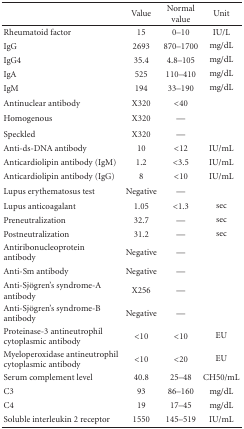
|  | Value | Normal value | Unit |
 | --- | --- | --- | --- |
 | Rheumatoid factor | 15 | 0–10 | IU/L |
 | IgG | 2693 | 870–1700 | mg/dL |
 | IgG4 | 35.4 | 4.8–105 | mg/dL |
 | IgA | 525 | 110–410 | mg/dL |
 | IgM | 194 | 33–190 | mg/dL |
 | Antinuclear antibody | X320 | <40 |  |
 | Homogenous | X320 | — |  |
 | Speckled | X320 | — |  |
 | Anti-ds-DNA antibody | 10 | <12 | IU/mL |
 | Anticardiolipin antibody (IgM) | 1.2 | <3.5 | IU/mL |
 | Anticardiolipin antibody (IgG) | 8 | <10 | IU/mL |
 | Lupus erythematosus test | Negative | — |  |
 | Lupus anticoagalant | 1.05 | <1.3 | sec |
 | Preneutralization | 32.7 | — | sec |
 | Postneutralization | 31.2 | — | sec |
 | Antiribonucleoprotein antibody | Negative | — |  |
 | Anti-Sm antibody | Negative | — |  |
 | Anti-Sjögren's syndrome-A antibody | X256 | — |  |
 | Anti-Sjögren's syndrome-B antibody | Negative | — |  |
 | Proteinase-3 antineutrophil cytoplasmic antibody | <10 | <10 | EU |
 | Myeloperoxidase antineutrophil cytoplasmic antibody | <10 | <20 | EU |
 | Serum complement level | 40.8 | 25–48 | CH50/mL |
 | C3 | 93 | 86–160 | mg/dL |
 | C4 | 19 | 17–45 | mg/dL |
 | Soluble interleukin 2 receptor | 1550 | 145–519 | IU/mL |